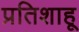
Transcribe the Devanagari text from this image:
प्रतिशाहू